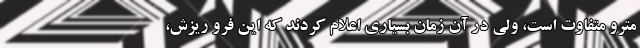
مترو متفاوت است، ولی در آن زمان بسیاری اعلام کردند که این فرو ریزش،